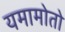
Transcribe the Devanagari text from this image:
यमामोतो